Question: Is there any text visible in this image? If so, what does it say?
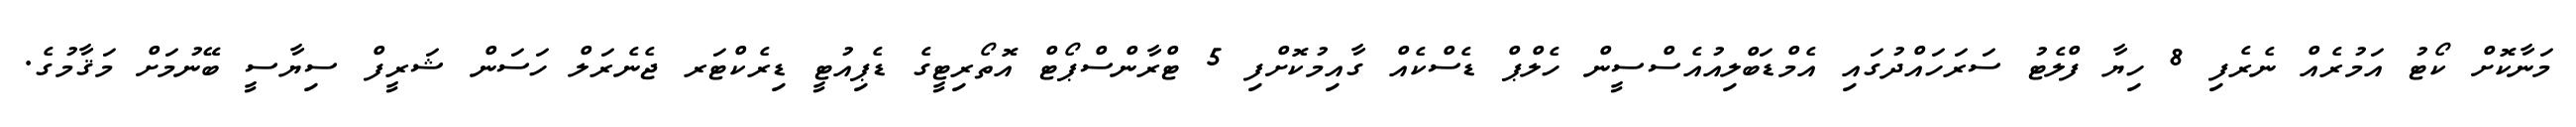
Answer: މަނާކޮށް ކޯޓު އަމުރެއް ނެރެފި 8 ހިޔާ ފްލެޓު ސަރަހައްދުގައި އެމްޑަބްލިއުއެސްސީން ހެލްޕް ޑެސްކެއް ގާއިމުކޮށްފި 5 ޓްރާންސްޕޯޓް އޮތޯރިޓީގެ ޑެޕިއުޓީ ޑިރެކްޓަރ ޖެނެރަލް ހަސަން ޝަރީފް ސިޔާސީ ބޭނުމަށް މަޤާމުގެ.